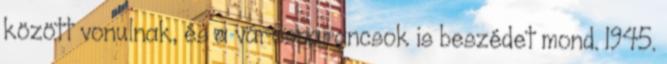
között vonulnak, és a városparancsok is beszédet mond. 1945.